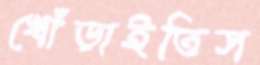
খোঁড়াইতিস